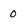
Character: 0